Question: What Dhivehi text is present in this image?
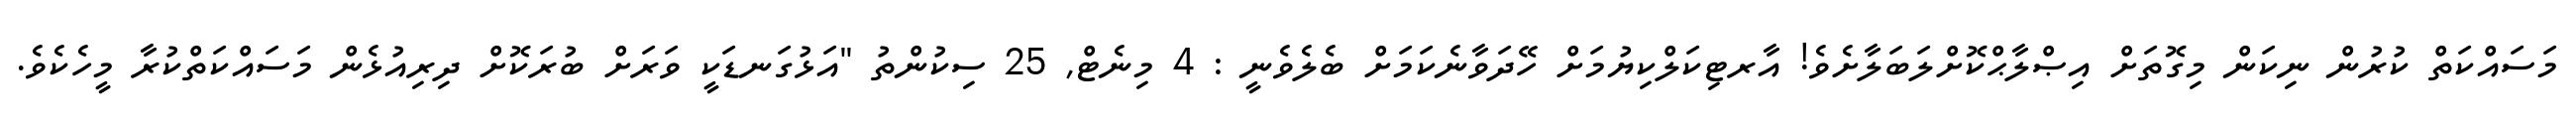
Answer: މަސައްކަތް ކުރުން ނިކަން މިގޮތަށް އިޞްލާޙްކޮށްލަބަލާށެވެ! އާރޓިކަލްކިޔުމަށް ހޭދަވާނެކަމަށް ބެލެވެނީ : 4 މިނެޓް, 25 ސިކުންތު "އަޅުގަނޑަކީ ވަރަށް ބުރަކޮށް ދިރިއުޅެން މަސައްކަތްކުރާ މީހެކެވެ.